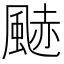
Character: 䬉